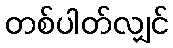
တစ်ပါတ်လျှင်